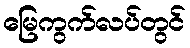
မြေကွက်လပ်တွင်